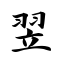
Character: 翌